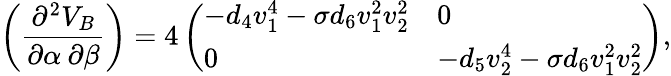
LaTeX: \left(\frac{\partial^{2}V_{B}}{\partial\alpha\: \partial\beta}\right)=4\left(\begin{array}{ll}{{-d_{4}v_{1}^{4}-\sigma d_{6}v_{1}^{2}v_{2}^{2}}}&{{0}}\\ {{0}}&{{-d_{5}v_{2}^{4}-\sigma d_{6}v_{1}^{2}v_{2}^{2}}}\end{array}\right),